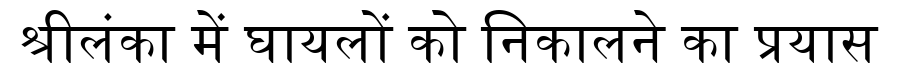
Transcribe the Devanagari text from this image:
श्रीलंका में घायलों को निकालने का प्रयास